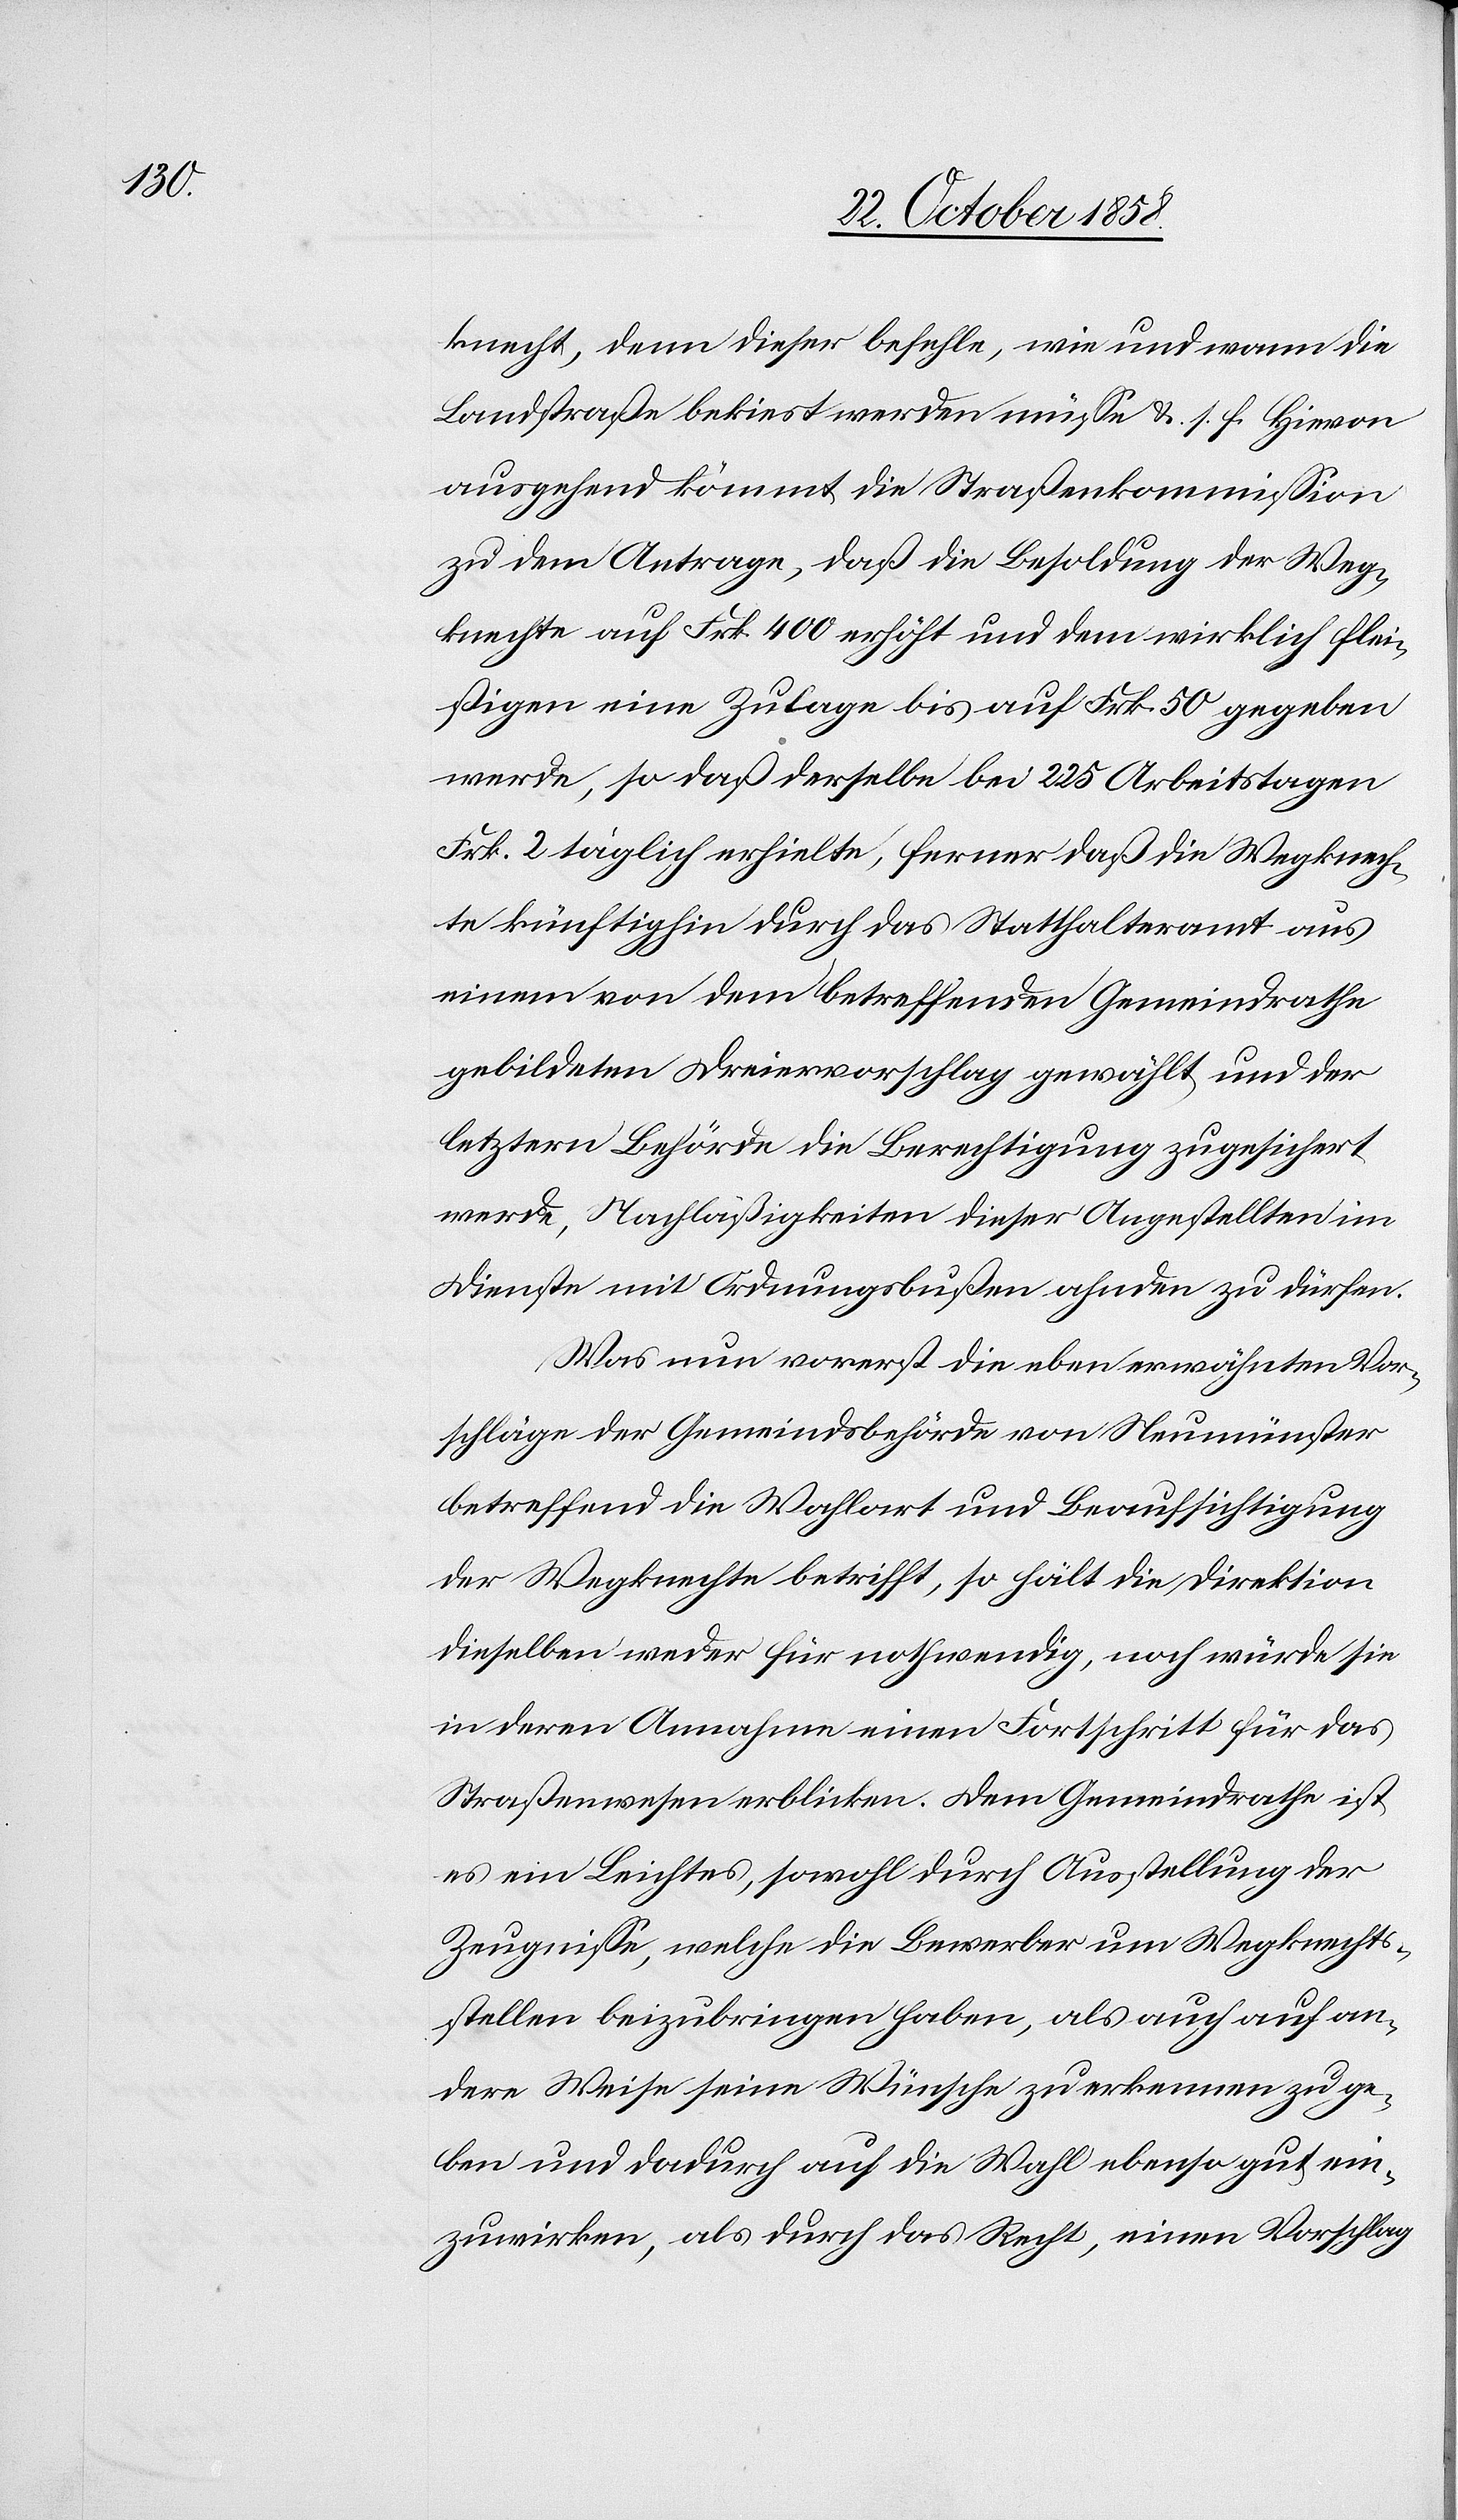
knecht, denn dieser befehle, wie und wann die
Landstraße bekiest werden müsse &. s. f. Hievon
ausgehend kömmt die Straßenkommission
zu dem Antrage, daß die Besoldung der Weg¬
knechte auf Frk. 400 erhöht und dem wirklich flei¬
ßigen eine Zulage bis auf Frk. 50 gegeben
werde, so daß derselbe bei 225 Arbeitstagen
Frk. 2 täglich erhielte, ferner daß die Wegknech¬
te künftighin durch das Statthalteramt aus
einem von dem betreffenden Gemeindrathe
gebildeten Dreiervorschlag gewählt und der
letztern Behörde die Berechtigung zugesichert
werde, Nachläßigkeiten dieser Angestellten im
Dienste mit Ordnungsbußen ahnden zu dürfen.
Was nun vorerst die eben erwähnten Vor¬
schläge der Gemeindsbehörde von Neumünster
betreffend die Wahlart und Beaufsichtigung
der Wegknechte betrifft, so hält die Direktion
dieselben weder für nothwendig, noch würde sie
in deren Annahme einen Fortschritt für das
Straßenwesen erblicken. Dem Gemeindrathe ist
es ein Leichtes, sowohl durch Ausstellung der
Zeugnisse, welche die Bewerber um Wegknechts¬
stellen beizubringen haben, als auch auf an¬
dere Weise seine Wünsche zu erkennen zu ge¬
ben und dadurch auf die Wahl ebenso gut ein¬
zuwirken, als durch das Recht, einen Vorschlag